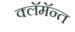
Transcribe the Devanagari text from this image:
क्लॅमॅन्त